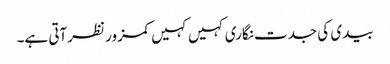
بیدی کی جدت نگاری کہیں کہیں کمزور نظرآتی ہے۔